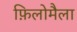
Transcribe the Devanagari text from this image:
फ़िलोमैला